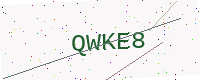
Text: QWKE8